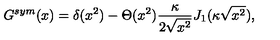
G ^ { s y m } ( x ) = \delta ( x ^ { 2 } ) - \Theta ( x ^ { 2 } ) \frac { \kappa } { 2 \sqrt { x ^ { 2 } } } J _ { 1 } ( \kappa \sqrt { x ^ { 2 } } ) ,